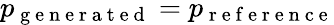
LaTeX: p_{\mathrm{~g~e~n~e~r~a~t~e~d~}}=p_{\mathrm{~r~e~f~e~r~e~n~c~e~}}